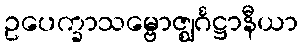
ဥပေက္ခာသမ္ဗောဇ္ဈင်္ဂဋ္ဌာနီယာ